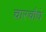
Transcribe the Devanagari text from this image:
चारचौघे